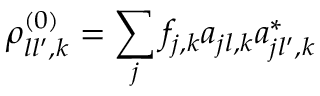
\rho _ { l l ^ { \prime } , k } ^ { ( 0 ) } = \sum _ { j } f _ { j , k } a _ { j l , k } a _ { j l ^ { \prime } , k } ^ { * }